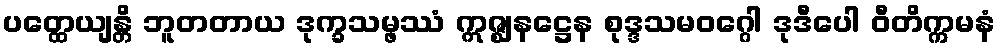
ပတ္ထေယျန္တိ ဘူတတာယ ဒုက္ခသမ္ဖဿံ ဣဇ္ဈနဋ္ဌေန စုဒ္ဒသမဝဂ္ဂေါ ဒုဒီပေါ ဝီတိက္ကမနံ